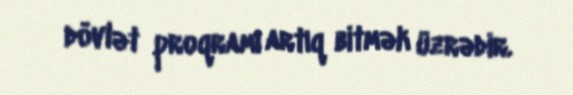
dövlət proqramı artıq bitmək üzrədir.